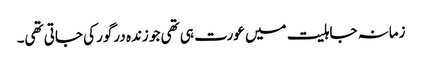
زمانہ جاہلیت میں عورت ہی تھی جو زندہ درگور کی جاتی تھی۔